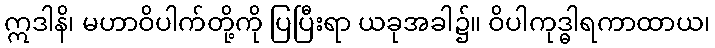
ဣဒါနိ၊ မဟာဝိပါက်တို့ကို ပြပြီးရာ ယခုအခါ၌။ ဝိပါကုဒ္ဓါရကာထာယ၊